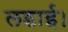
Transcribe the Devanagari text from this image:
लडाई।